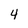
Character: 4